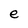
Character: e